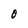
Character: O